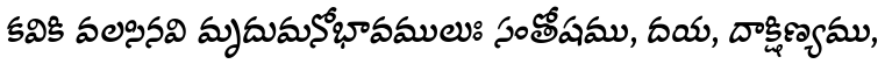
కవికి వలసినవి మృదుమనోభావములుః సంతోషము, దయ, దాక్షిణ్యము,